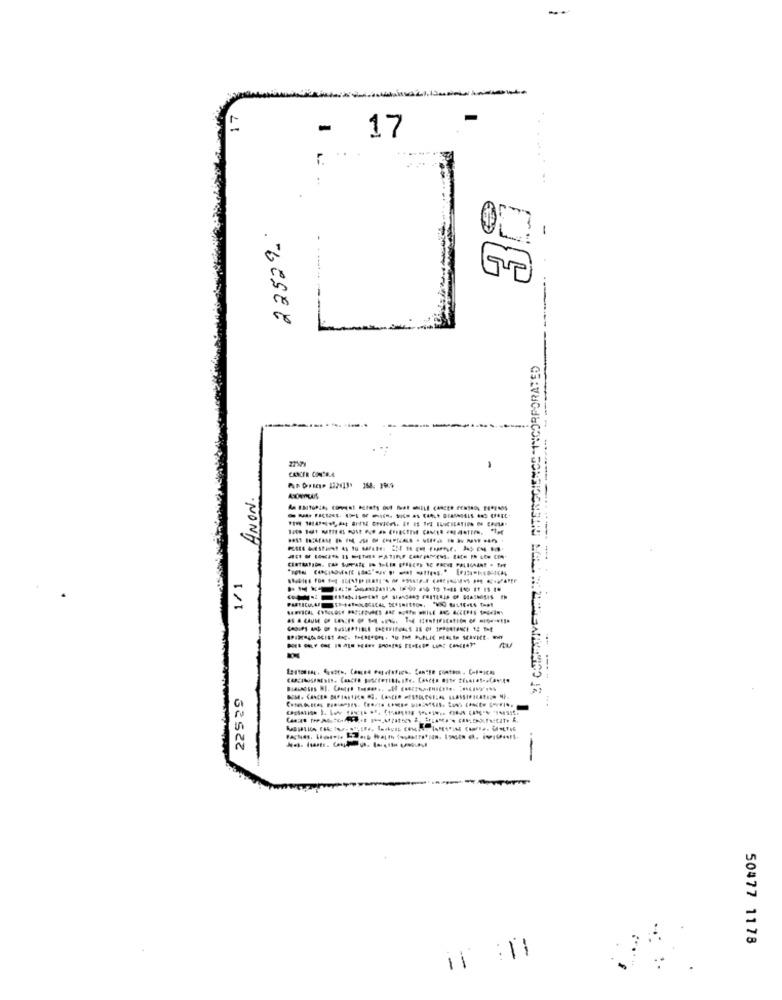
---
17
17
22529-
E
TERSCIENCE INCORPORATED
CANCER CONTO.A.
-
ANON.
---------
1/1
SAHAWH
22529
50477 1178
-